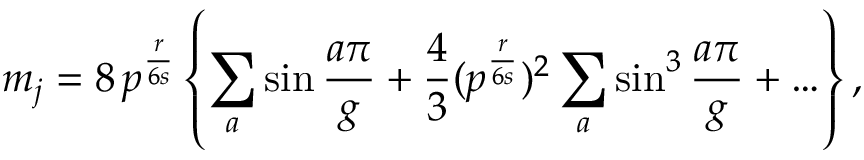
m _ { j } = 8 \, p ^ { \frac { r } { 6 s } } \left\{ \sum _ { a } \sin \frac { a \pi } { g } + \frac { 4 } { 3 } ( p ^ { \frac { r } { 6 s } } ) ^ { 2 } \sum _ { a } \sin ^ { 3 } \frac { a \pi } { g } + \ldots \right\} ,